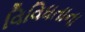
વિવિધતાના